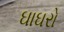
ઘાઘરો